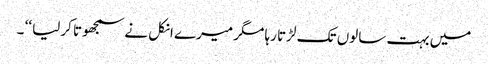
میں بہت سالوں تک لڑتا رہا مگر میرے انکل نے سمجھوتا کرلیا ‘‘ ۔